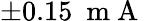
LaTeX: \pm 0.15~\mathrm{~m~A~}